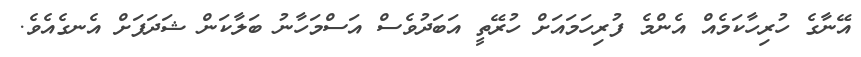
އޭނާގެ ހުރިހާކަމެއް އެންމެ ފުރިހަމައަށް ހުރޭތީ އަބަދުވެސް އަސްމަހާނު ބަލާކަން ޝަދަފަށް އެނގެއެވެ.